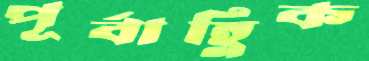
পূর্বাহ্ণিক